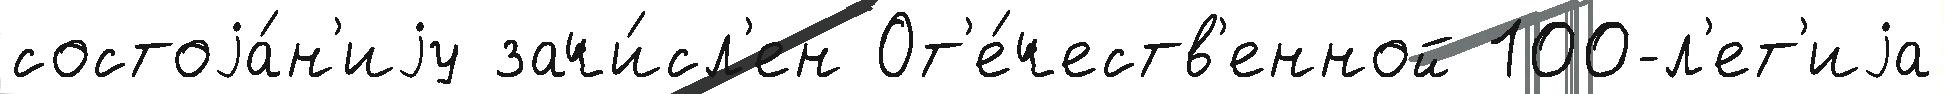
состоjа́н'иjу зачи́сл'ен От'е́честв'енной 100-л'ет'иjа